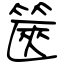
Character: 篋